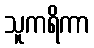
သူကရိကာ